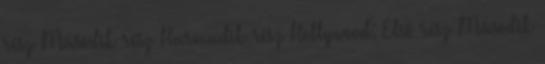
rész Második rész Harmadik rész Hollywood: Elsö rész Második